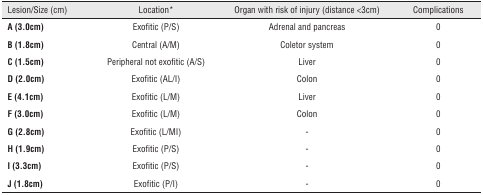
<table><thead><tr><td><b>Lesion/Size (cm)</b></td><td><b>Location*</b></td><td><b>Organ with risk of injury (distance &lt;3cm)</b></td><td><b>Complications</b></td></tr></thead><tbody><tr><td><b>A (3.0cm)</b></td><td>Exofitic (P/S)</td><td>Adrenal and pancreas</td><td>0</td></tr><tr><td><b>B (1.8cm)</b></td><td>Central (A/M)</td><td>Coletor system</td><td>0</td></tr><tr><td><b>C (1.5cm)</b></td><td>Peripheral not exofitic (A/S)</td><td>Liver</td><td>0</td></tr><tr><td><b>D (2.0cm)</b></td><td>Exofitic (AL/I)</td><td>Colon</td><td>0</td></tr><tr><td><b>E (4.1cm)</b></td><td>Exofitic (L/M)</td><td>Liver</td><td>0</td></tr><tr><td><b>F (3.0cm)</b></td><td>Exofitic (L/M)</td><td>Colon</td><td>0</td></tr><tr><td><b>G (2.8cm)</b></td><td>Exofitic (L/MI)</td><td>-</td><td>0</td></tr><tr><td><b>H (1.9cm)</b></td><td>Exofitic (P/S)</td><td>-</td><td>0</td></tr><tr><td><b>I (3.3cm)</b></td><td>Exofitic (P/S)</td><td>-</td><td>0</td></tr><tr><td><b>J (1.8cm)</b></td><td>Exofitic (P/I)</td><td>-</td><td>0</td></tr></tbody></table>